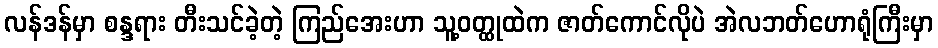
လန်ဒန်မှာ စန္ဒရား တီးသင်ခဲ့တဲ့ ကြည်အေးဟာ သူ့ဝတ္ထုထဲက ဇာတ်ကောင်လိုပဲ အဲလဘတ်ဟောရုံကြီးမှာ